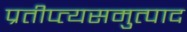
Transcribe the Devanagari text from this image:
प्रतीप्त्यसमुत्पाद